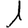
Digit: 1